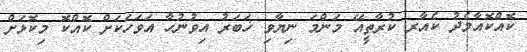
ކޮއްކޮއާމެދު ކެއާރ ކުރާތީއޭ މަންމަ ނިޔާވި ޚަބަރު އިވުނުހާ އަވަހަކަށް ކޮއްކޮ މިކޮޅަށް